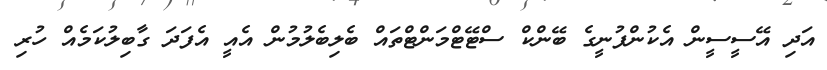
އަދި އޭސީސީން އެކުންފުނީގެ ބޭންކް ސްޓޭޓްމަންޓްތައް ބެލިބެލުމުން އެއީ އެފަދަ ގާބިލުކަމެއް ހުރި